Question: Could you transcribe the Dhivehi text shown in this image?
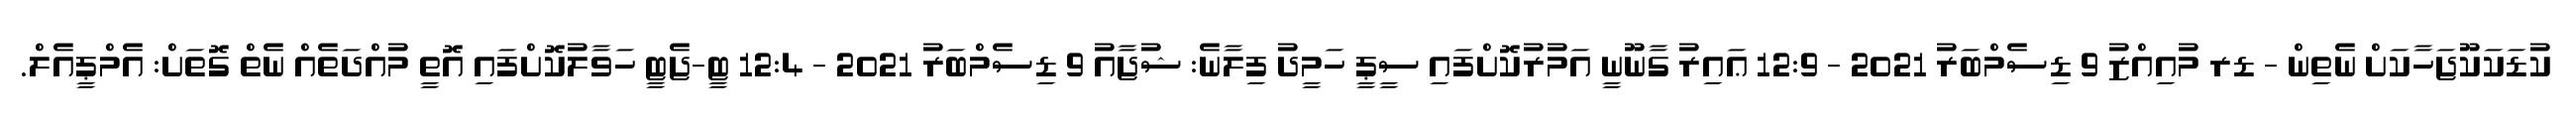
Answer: ކުޑަކަކޫޖަހާކަށް ނެތިން - ޑރ މުއިއްޒު 9 ޑިސެމްބަރު 2021 - 12:9 ޢައިރު ގާނޫނީ އަމުރުކޮށްފައި ސީޕީ ހަމީދު ފިލާނެ: ޝުޖާއު 9 ޑިސެމްބަރު 2021 - 12:4 ޓީ-ޖެޓީ ހަވާލުކޮށްފައި އޮތީ މުއްދަތެއް ނެތް ގޮތަށް: އެމްޕީއެލް.